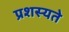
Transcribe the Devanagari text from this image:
प्रशस्यते